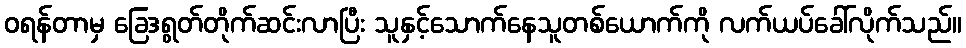
ဝရန်တာမှ ခြေဒရွတ်တိုက်ဆင်းလာပြီး သူနှင့်သောက်နေသူတစ်ယောက်ကို လက်ယပ်ခေါ်လိုက်သည်။